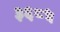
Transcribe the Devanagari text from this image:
३६८५